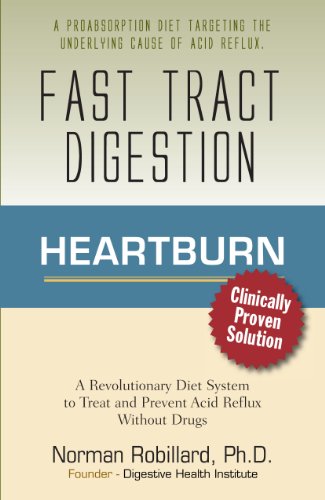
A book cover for Heartburn - Fast Tract Digestion: LPR, Acid Reflux & GERD Diet Cure Without Drugs | Surprising Truth about the Cause of Acid Reflux Explained (Clinically Proven Solution); Norm Robillard; Health, Fitness & Dieting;